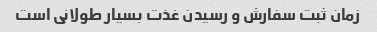
زمان ثبت سفارش و رسیدن غذت بسیار طولانی است